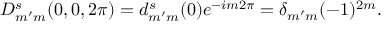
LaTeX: D _ { m ^ { \prime } m } ^ { s } ( 0 , 0 , 2 \pi ) = d _ { m ^ { \prime } m } ^ { s } ( 0 ) e ^ { - i m 2 \pi } = \delta _ { m ^ { \prime } m } ( - 1 ) ^ { 2 m } .